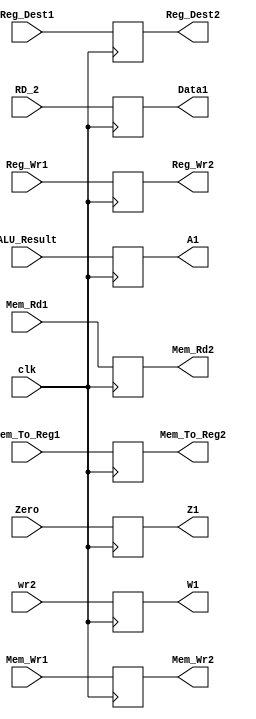
`timescale 1ns / 1ps

module EXMEM(
    input clk,
    input Zero,
    input [31:0] ALU_Result,
    input [31:0] RD_2,
    input [4:0] wr2,
    output reg Z1,
    output reg [31:0] A1,
    output reg [31:0] Data1,
    output reg [4:0] W1,
    
    input Reg_Dest1,
    input Mem_Wr1,
    input Mem_Rd1,
    input Reg_Wr1,
    input Mem_To_Reg1,
    output reg Reg_Dest2,
    output reg Mem_Wr2,
    output reg Mem_Rd2,
    output reg Reg_Wr2,
    output reg Mem_To_Reg2
);

always @(posedge clk)
begin
    //PC_Final <= PC_New;
    Z1 <= Zero;
    A1 <= ALU_Result;
    Data1 <= RD_2;
    W1 <= wr2;
    
    Reg_Dest2 <= Reg_Dest1;
    Mem_Wr2 <= Mem_Wr1;
    Mem_Rd2 <= Mem_Rd1;
    Reg_Wr2 <= Reg_Wr1;
    Mem_To_Reg2 <= Mem_To_Reg1;
end

endmodule